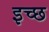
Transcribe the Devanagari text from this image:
इच्छ